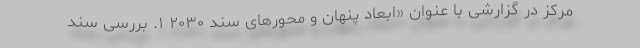
مرکز در گزارشی با عنوان «ابعاد پنهان و محورهای سند ۲۰۳۰ ۱. بررسی سند